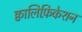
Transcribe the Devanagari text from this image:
क्वालिफ़िकेशन